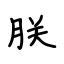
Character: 朕